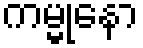
ကမ္မုနော